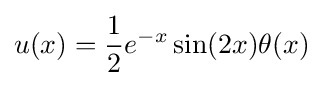
u(x)={\frac {1}{2}}e^{-x}\sin(2x)\theta (x)